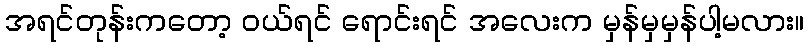
အရင်တုန်းကတော့ ဝယ်ရင် ရောင်းရင် အလေးက မှန်မှမှန်ပါ့မလား။